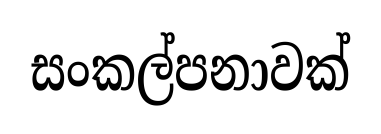
සංකල්පනාවක්